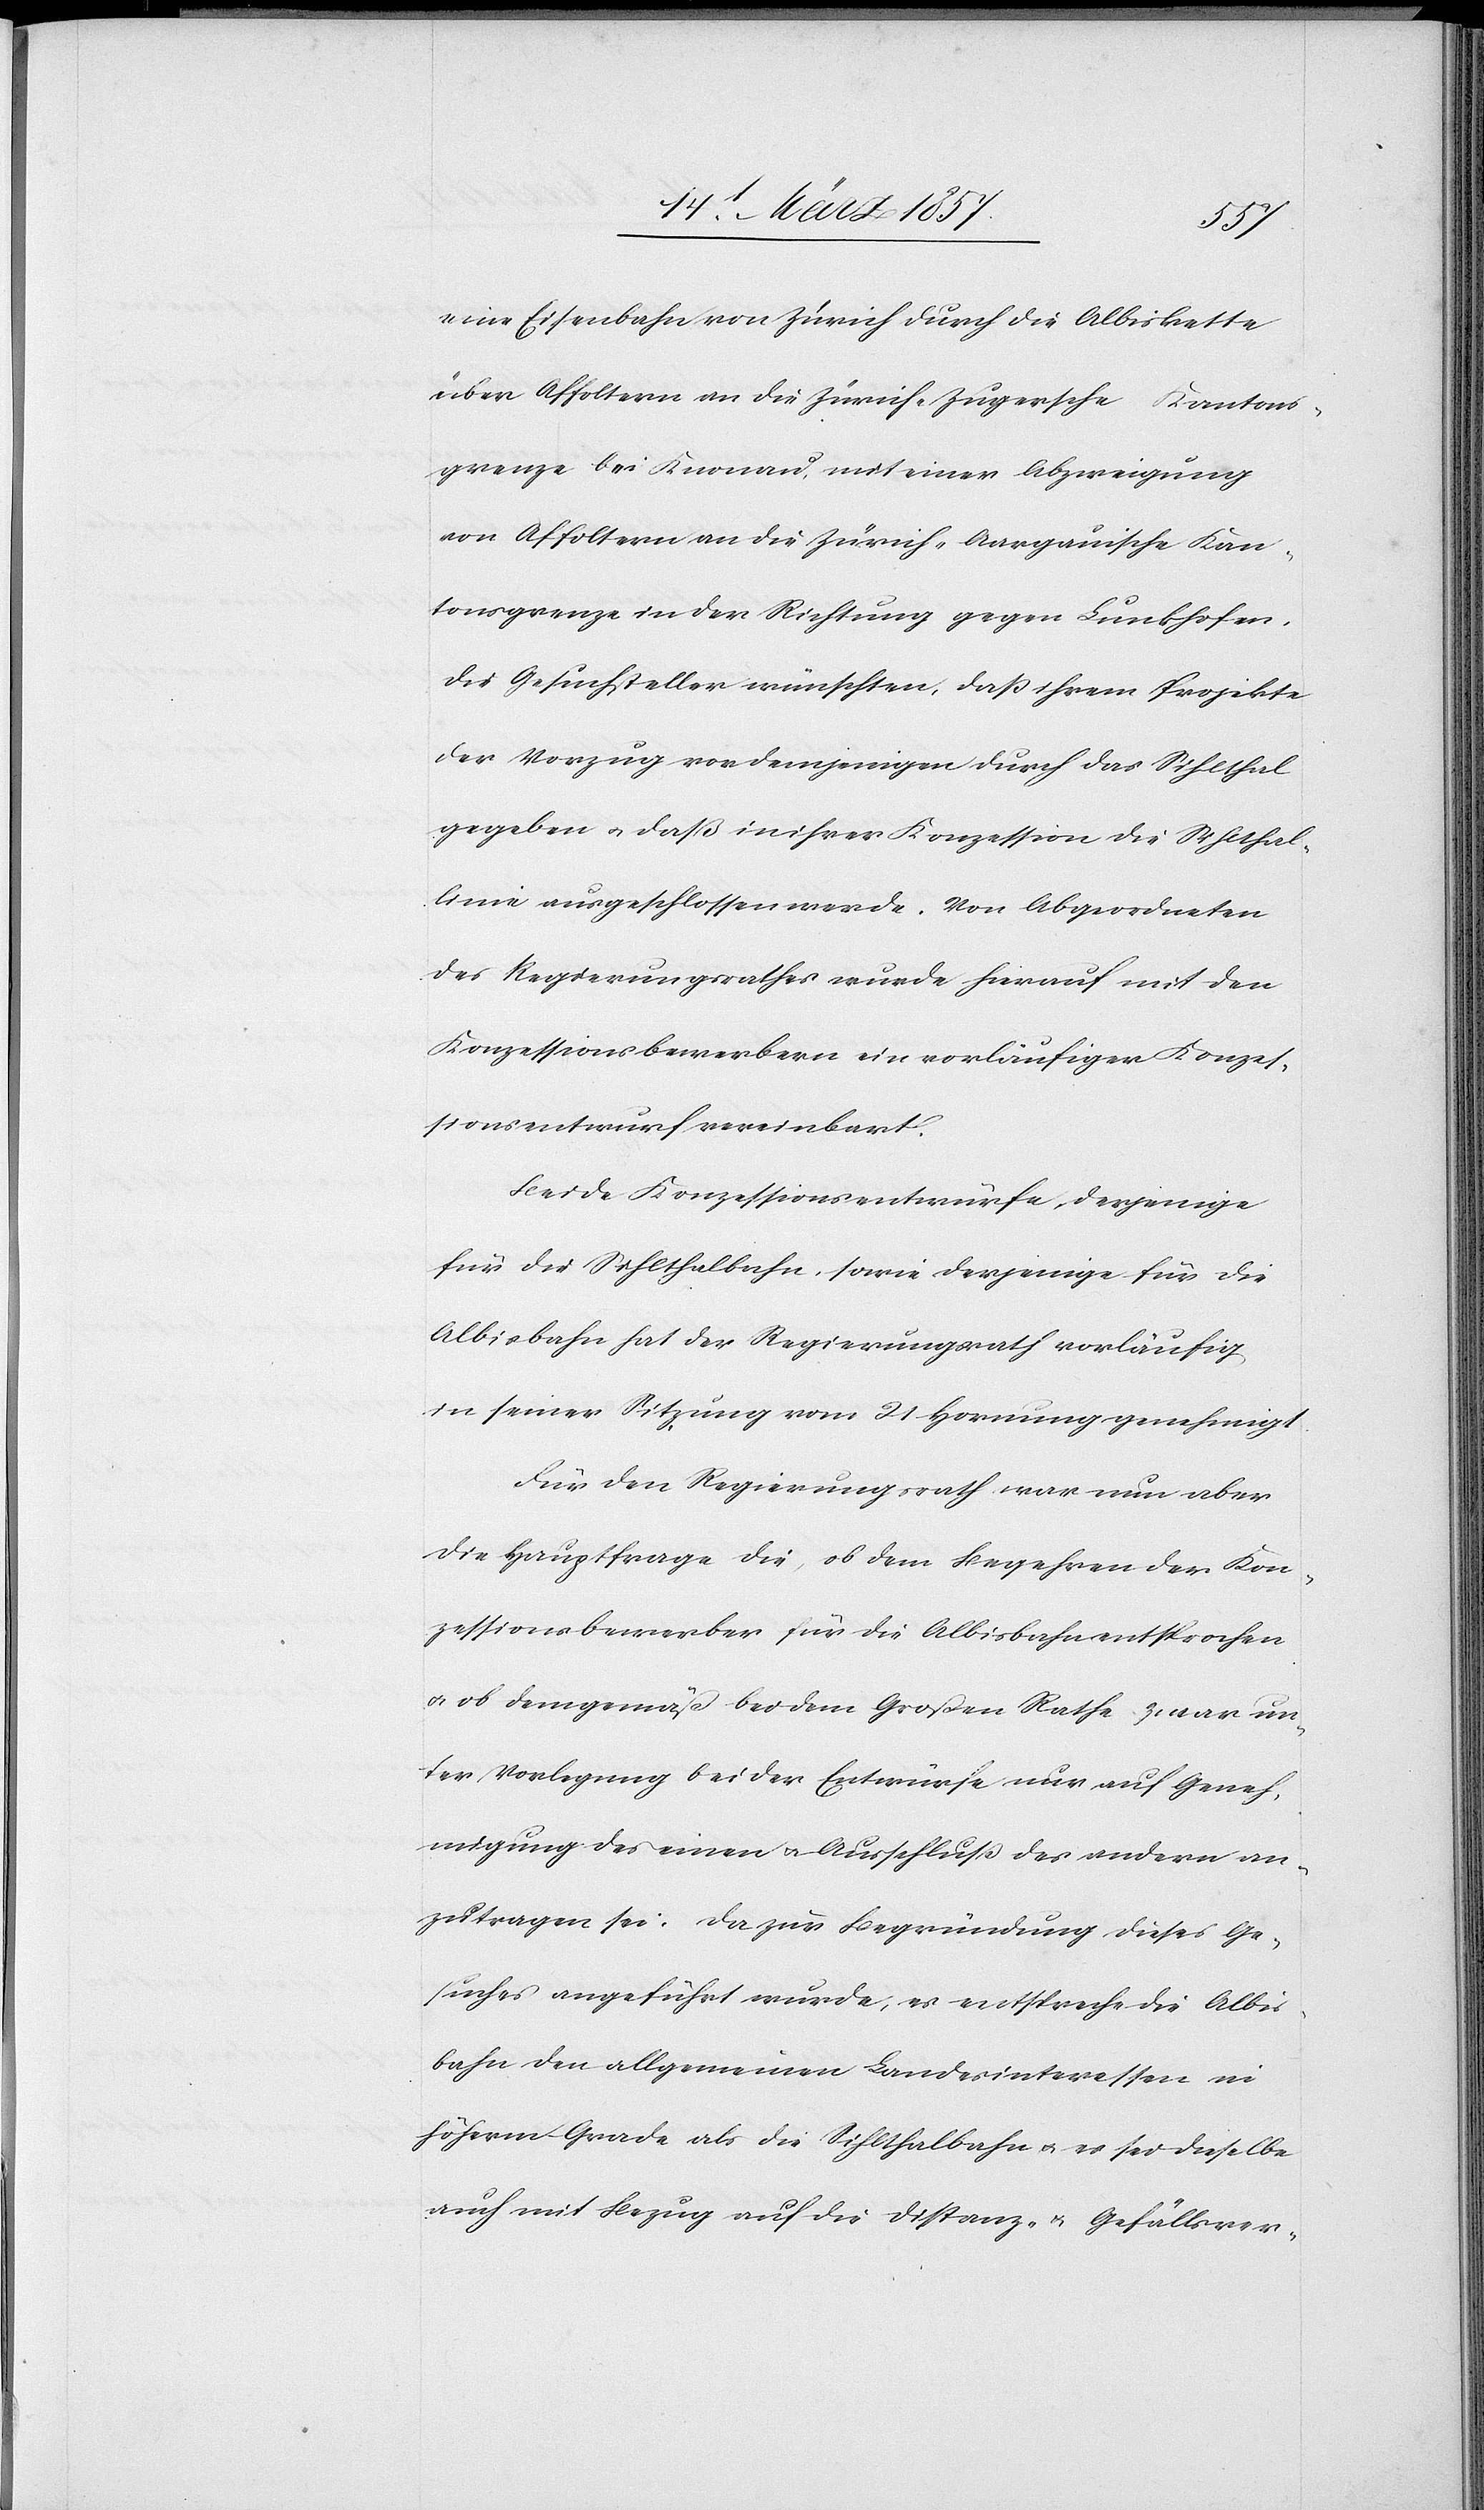
eine Eisenbahn von Zürich durch die Albiskette
über Affoltern an die Zürich-Zugersche Kantons¬
grenze bei Knonau, mit einer Abzweigung
von Affoltern an die Zürich-Aargauische Kan¬
tonsgrenze in der Richtung gegen Lunkhofen.
Die Gesuchsteller wünschten, daß ihrem Projekte
der Vorzug vor demjenigen durch das Sihlthal
gegeben u. daß in ihrer Konzession die Sihlthal¬
linie ausgeschlossen werde. Von Abgeordneten
des Regierungsrathes wurde hierauf mit den
Konzessionsbewerbern ein vorläufiger Konzes¬
sionsentwurf vereinbart.
Beide Konzessionsentwürfe, derjenige
für die Sihlthalbahn, sowie derjenige für die
Albisbahn hat der Regierungsrath vorläufig
in seiner Sitzung vom 21 Hornung genehmigt.
Für den Regierungsrath war nun aber
die Hauptfrage die, ob dem Begehren der Kon¬
zessionsbewerber für die Albisbahn entsprochen
u. ob demgemäß bei dem Großen Rathe zwar un¬
ter Vorlegung beider Entwürfe nur auf Geneh¬
migung des einen u. Ausschluß des andern an¬
zutragen sei. Da zur Begründung dieses Ge¬
suches angeführt wurde, es entspreche die Albi¬
sbahn den allgemeinen Landesinteressen in
höherm Grade als die Sihlthalbahn u. es sei dieselbe
auch mit Bezug auf die Distanz- u. Gefällsver-